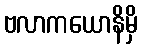
ဗလာကယောနိမှိ